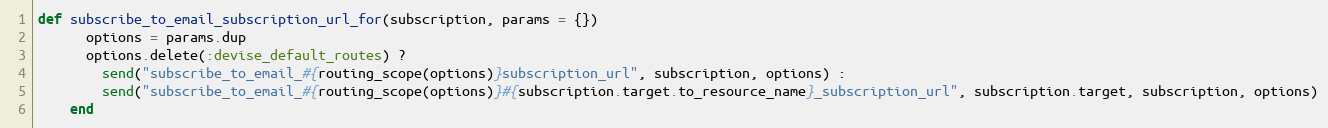
Language: Ruby
def subscribe_to_email_subscription_url_for(subscription, params = {})
      options = params.dup
      options.delete(:devise_default_routes) ?
        send("subscribe_to_email_#{routing_scope(options)}subscription_url", subscription, options) :
        send("subscribe_to_email_#{routing_scope(options)}#{subscription.target.to_resource_name}_subscription_url", subscription.target, subscription, options)
    end